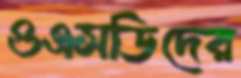
ওএসডিদের